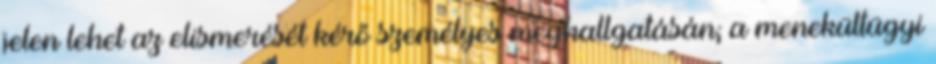
jelen lehet az elismerését kérő személyes meghallgatásán; a menekültügyi